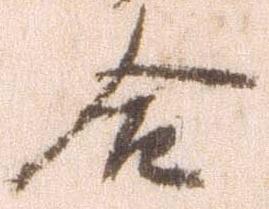
合